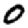
Digit: 0